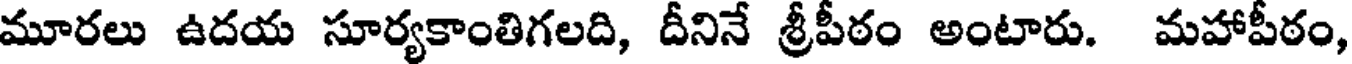
మూరలు ఉదయ సూర్యకాంతిగలది, దీనినే శ్రీపీఠం అంటారు. మహాపీఠం,